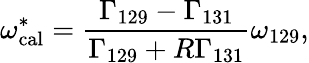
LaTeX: \omega_{\mathrm{cal}}^{*}=\frac{\Gamma_{129}-\Gamma_{131}}{\Gamma_{129}+R\Gamma_{131}}\omega_{129},